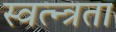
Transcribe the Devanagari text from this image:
स्वत्न्त्रता